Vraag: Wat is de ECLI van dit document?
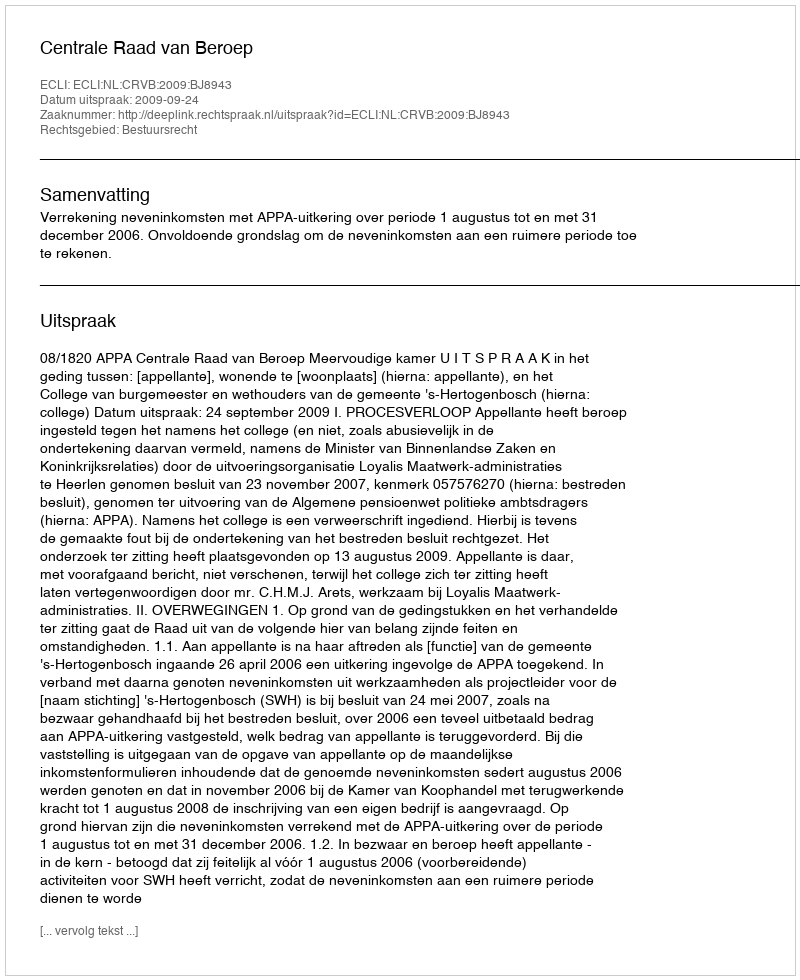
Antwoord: ECLI:NL:CRVB:2009:BJ8943